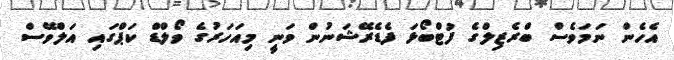
އެހެން ނަމަވެސް ބްރެޒިލްގެ ފުޓްބޯޅަ ފެޑެރޭޝަނުން ވަނީ މިއަހަރުގެ ވޯލްޑް ކަޕްގައި އަލްވޭސް